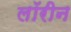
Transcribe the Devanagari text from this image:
लॉरीन